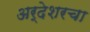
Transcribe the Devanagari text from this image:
अर्देशरचा